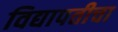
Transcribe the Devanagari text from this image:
विद्यापतीचा